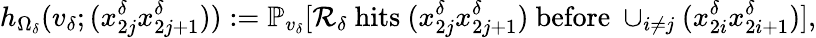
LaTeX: h_{\Omega_{\delta}}(v_{\delta};(x_{2j}^{\delta}x_{2j+1}^{\delta})):=\mathbb{P}_{v_{\delta}}[\mathcal{R}_{\delta}\mathrm{~hits~}(x_{2j}^{\delta}x_{2j+1}^{\delta})\mathrm{~before~}\cup_{i\neq j}(x_{2i}^{\delta}x_{2i+1}^{\delta})],